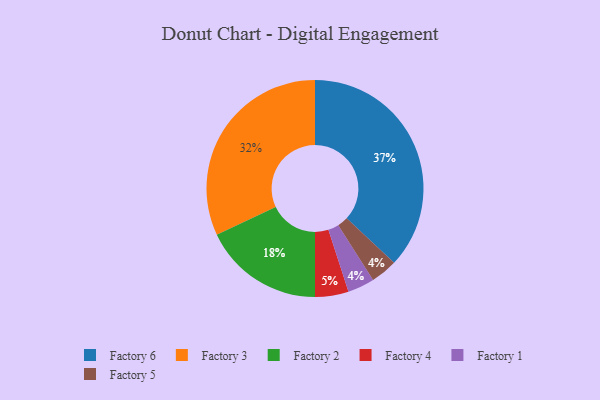
{"axis": {"x": "Category", "y": "Percentage"}, "legend": ["Factory 1", "Factory 2", "Factory 3", "Factory 4", "Factory 5", "Factory 6"], "data": [{"x": "Factory 3", "y": 32, "type": "Factory 3"}, {"x": "Factory 1", "y": 4, "type": "Factory 1"}, {"x": "Factory 2", "y": 18, "type": "Factory 2"}, {"x": "Factory 4", "y": 5, "type": "Factory 4"}, {"x": "Factory 5", "y": 4, "type": "Factory 5"}, {"x": "Factory 6", "y": 37, "type": "Factory 6"}]}